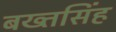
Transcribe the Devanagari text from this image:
बख्तसिंह